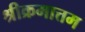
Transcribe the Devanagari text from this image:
श्रीक्रमात्तम